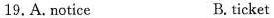
19.A. notice B. ticket